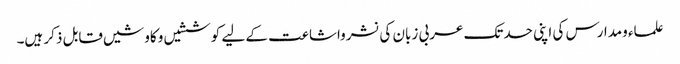
علماء ومدارس کی اپنی حدتک عربی زبان کی نشرواشاعت کے لیے کوششیں وکاوشیں قابل ذکر ہیں۔